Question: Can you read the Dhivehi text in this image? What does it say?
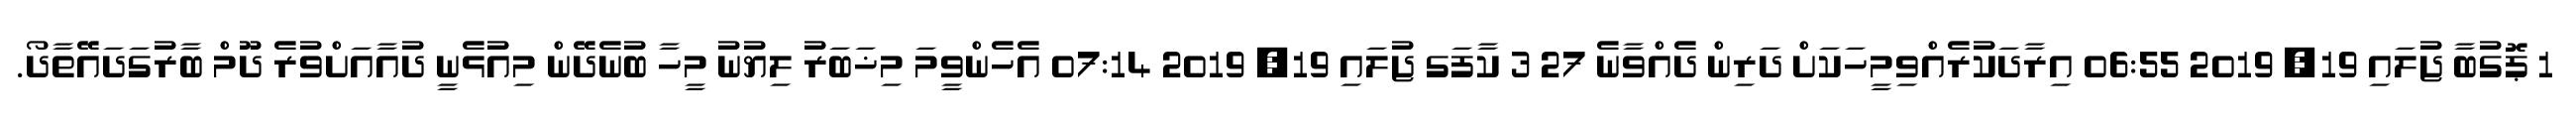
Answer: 1 ޕޮގުބާ ޖުލައި 19, 2019 06:55 އިރާދަކުރެއްވިމީހަކަށް ދަރިން ދެއްވާނެ 27 3 ކާފަގ ޖުލައި 19, 2019 07:14 އެހެންވީމަ މިޚަބަރު ލިޔުނު މީހާ ބުނެދޭން މިއުޅެނީ ދުއާއަށްވުރެ ދޫމް ބާރުގަދައޭތާދޯ.